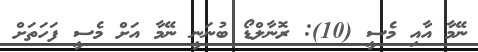
ނޭމާ އާއި މެސީ (10): ރޮނާލްޑޯ ބުނަނީ ނޭމާ އަށް މެސީ ފަހަތަށް